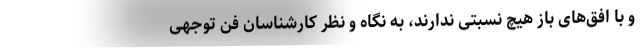
و با افق‌های باز هیچ نسبتی ندارند، به نگاه و نظر کارشناسان فن توجهی